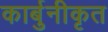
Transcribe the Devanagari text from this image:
कार्बुनीकृत